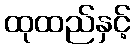
ထုထည်နှင့်